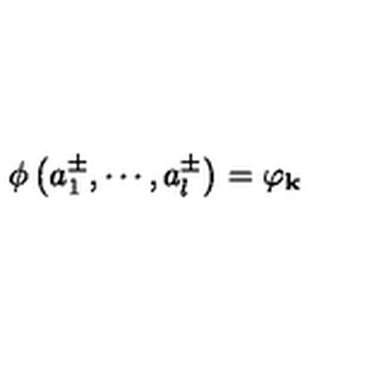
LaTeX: \phi \left( a _ { 1 } ^ { \pm } , \cdots , a _ { l } ^ { \pm } \right) = \varphi _ { \mathbf { k } }